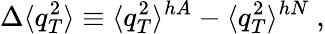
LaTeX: \Delta\langle q_{T}^{2}\rangle\equiv\langle q_{T}^{2}\rangle^{hA}-\langle q_{T}^{2}\rangle^{hN}\ ,